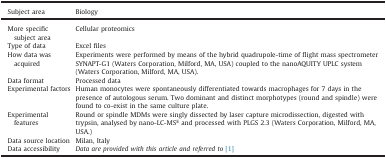
| Subject area | Biology |
 | --- | --- |
 | More specific subject area | Cellular proteomics |
 | Type of data | Excel files |
 | How data was acquired | Experiments were performed by means of the hybrid quadrupole-time of flight mass spectrometer SYNAPT-G1 (Waters Corporation, Milford, MA, USA) coupled to the nanoAQUITY UPLC system (Waters Corporation, Milford, MA, USA). |
 | Data format | Processed data |
 | Experimental factors | Human monocytes were spontaneously differentiated towards macrophages for 7 days in the presence of autologous serum. Two dominant and distinct morphotypes (round and spindle) were found to co-exist in the same culture plate. |
 | Experimental features | Round or spindle MDMs were singly dissected by laser capture microdissection, digested with trypsin, analysed by nano-LC-MSE and processed with PLGS 2.3 (Waters Corporation, Milford, MA, USA.) |
 | Data source location | Milan, Italy |
 | Data accessibility | Data are provided with this article and referred to[1] |